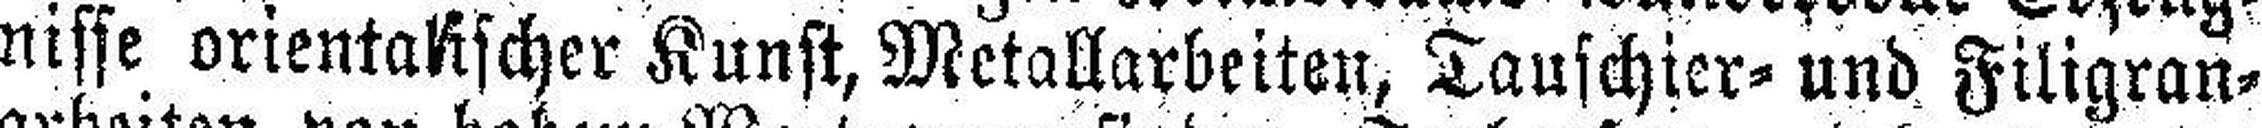
nisse orientalischer Kunst, Metallarbeiter, Tauschier- und Filigran¬